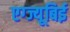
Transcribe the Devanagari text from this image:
एग्ज्यूबिई